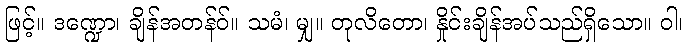
ဖြင့်။ ဒဏ္ဍော၊ ချိန်အတန်ဝ်။ သမံ၊ မျှ။ တုလိတော၊ နှိုင်းချိန်အပ်သည်ရှိသော။ ဝါ၊